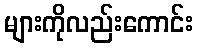
များကိုလည်းကောင်း